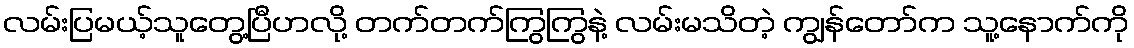
လမ်းပြမယ့်သူတွေ့ပြီဟလို့ တက်တက်ကြွကြွနဲ့ လမ်းမသိတဲ့ ကျွန်တော်က သူ့နောက်ကို